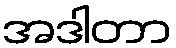
အဒါတာ